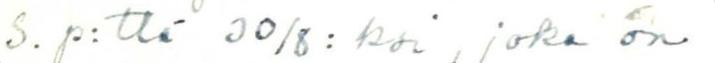
S. p:ttä 30/8:ksi, joka on